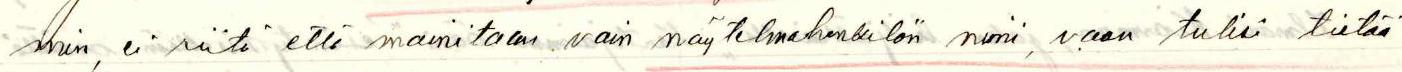
min, ei riitä että mainitaan vain näytelmahenkilön nimi, vaan tulisi tietää